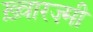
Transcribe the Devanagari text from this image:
ख़्वारज़्मी